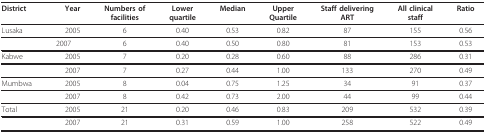
| District | Year | Numbers offacilities | Lowerquartile | Median | UpperQuartile | Staff deliveringART | All clinicalstaff | Ratio |
 | --- | --- | --- | --- | --- | --- | --- | --- | --- |
 | Lusaka | 2005 | 6 | 0.40 | 0.53 | 0.82 | 87 | 155 | 0.56 |
 |  | 2007 | 6 | 0.40 | 0.50 | 0.80 | 81 | 153 | 0.53 |
 | Kabwe | 2005 | 7 | 0.20 | 0.28 | 0.60 | 88 | 286 | 0.31 |
 |  | 2007 | 7 | 0.27 | 0.44 | 1.00 | 133 | 270 | 0.49 |
 | Mumbwa | 2005 | 8 | 0.04 | 0.75 | 1.25 | 34 | 91 | 0.37 |
 |  | 2007 | 8 | 0.42 | 0.73 | 2.00 | 44 | 99 | 0.44 |
 | Total | 2005 | 21 | 0.20 | 0.46 | 0.83 | 209 | 532 | 0.39 |
 |  | 2007 | 21 | 0.31 | 0.59 | 1.00 | 258 | 522 | 0.49 |